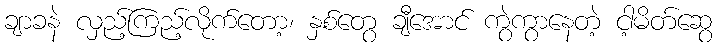
ချာခနဲ လှည့်ကြည့်လိုက်တော့၊ နှစ်တွေ ချီအောင် ကွဲကွာနေတဲ့ ငါ့မိတ်ဆွေ